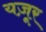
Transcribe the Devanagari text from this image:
यज़ूर